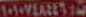
١٠١٠٧٤٨٤٤٦٥